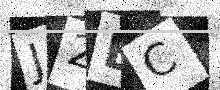
Text: J2BC